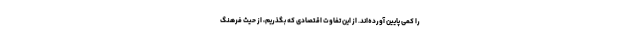
را کمی پایین آورده‌اند. از این تفاوت اقتصادی که بگذریم، از حیث فرهنگ